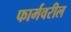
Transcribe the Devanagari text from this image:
फार्मवरील